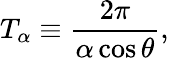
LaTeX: T_{\alpha}\equiv\frac{2\pi}{\alpha\cos\theta},